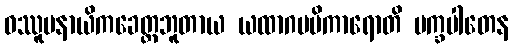
ဝဿူပနာယိကခေတ္တဘူတာယ ယထာဂမမိကာရောတိ ပက္ခပါတေန